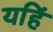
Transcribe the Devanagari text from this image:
यहिं